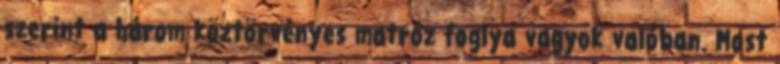
szerint a három köztörvényes matróz foglya vagyok valóban. Most